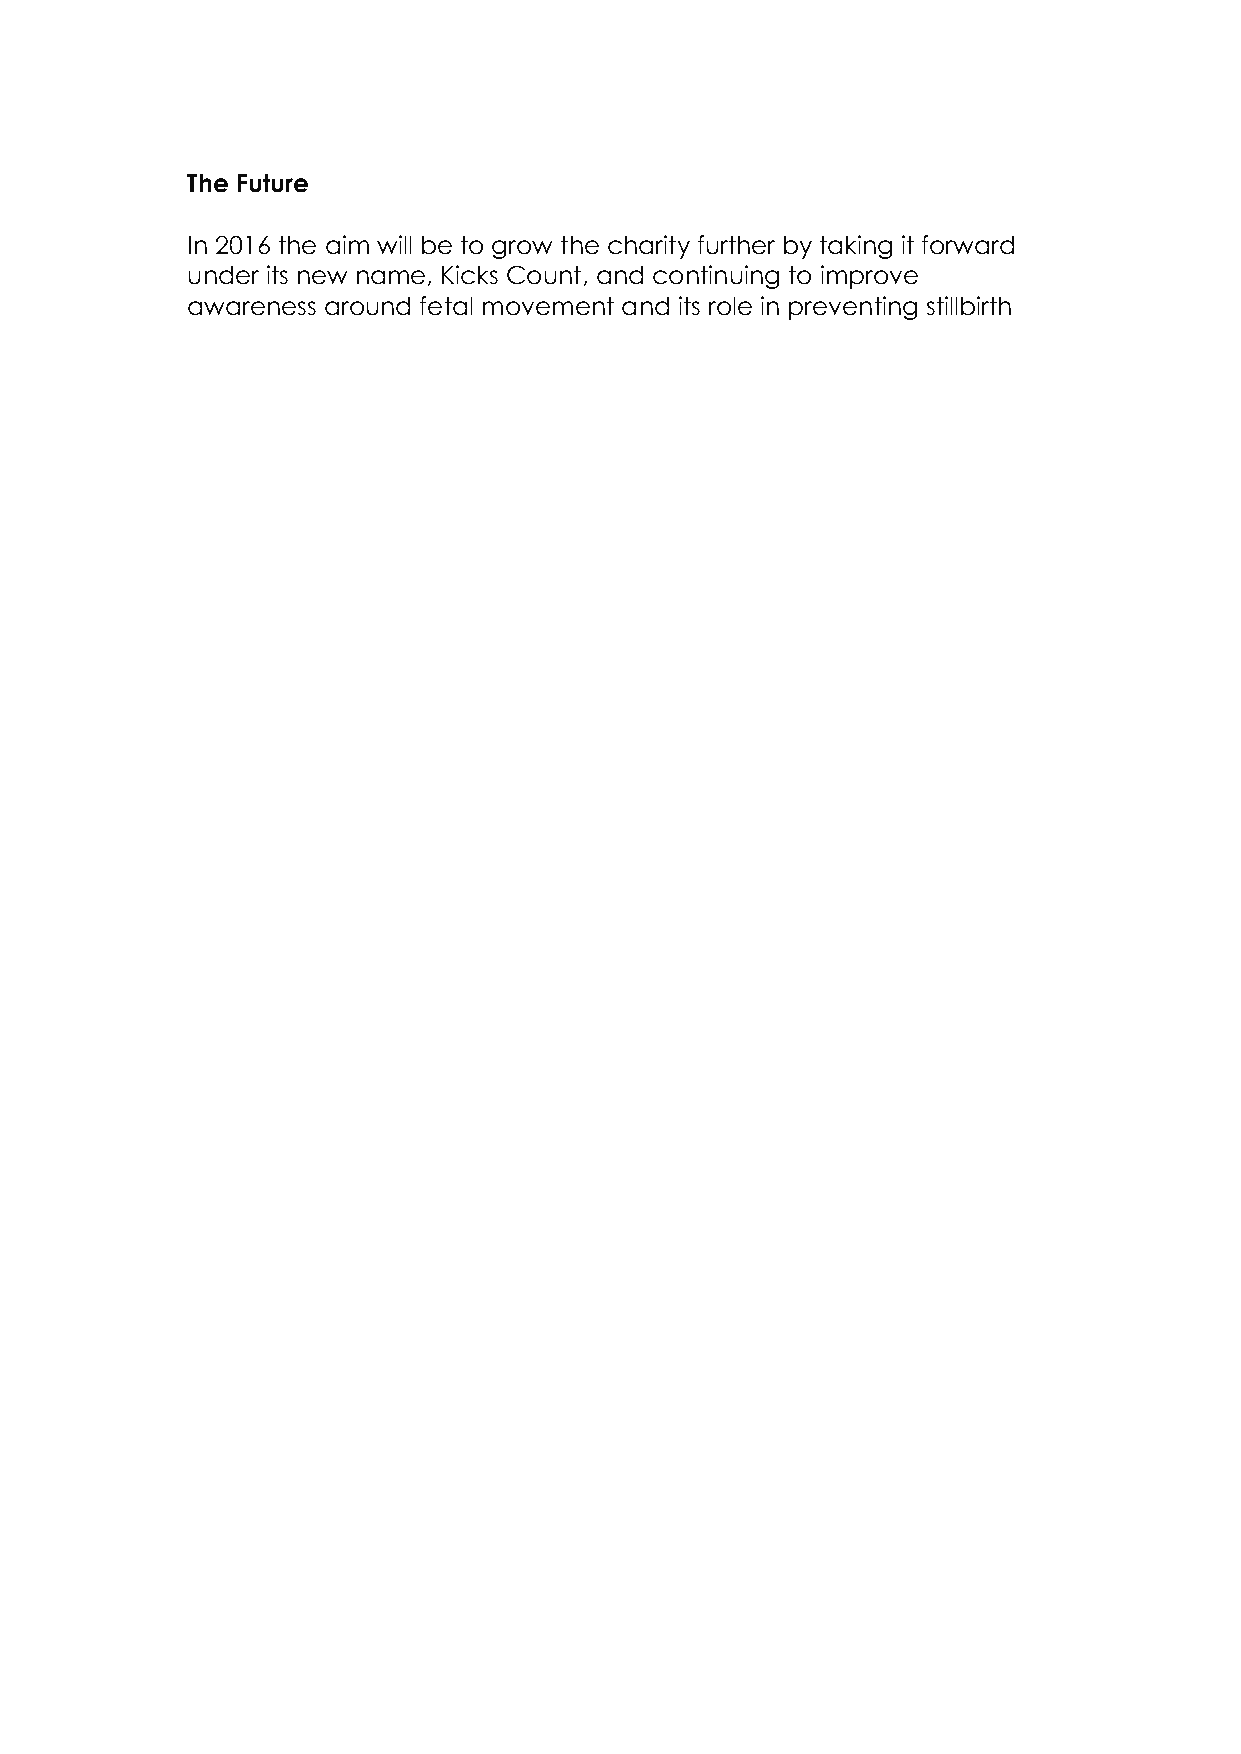
The Future
 In 2016 the aim will be to grow the charity further by taking it forward
 under its new name, Kicks Count, and continuing to improve
 awareness around fetal movement and its role in preventing stillbirth